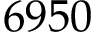
6 9 5 0